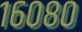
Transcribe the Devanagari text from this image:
१६०८०